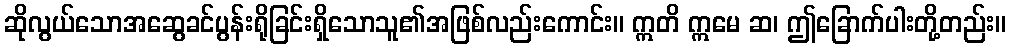
ဆိုလွယ်သောအဆွေခင်ပွန်းရိုခြင်းရှိသောသူ၏အဖြစ်လည်းကောင်း။ ဣတိ ဣမေ ဆ၊ ဤခြောက်ပါးတို့တည်း။